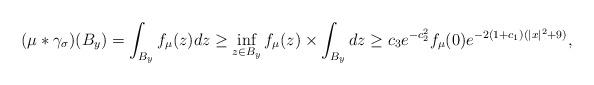
LaTeX: \begin{align*}(\mu*\gamma_{\sigma})(B_y) = \int_{B_y} f_{\mu}(z) dz \ge \inf_{z \in B_y} f_\mu(z) \times \int_{B_y} dz \ge c_3 e^{-c_2^2}f_{\mu}(0)e^{-2(1+c_1)(|x|^2+9)},\end{align*}